Indian journal of veterinary science and animal husbandry - Volume 8,
Year: 1938
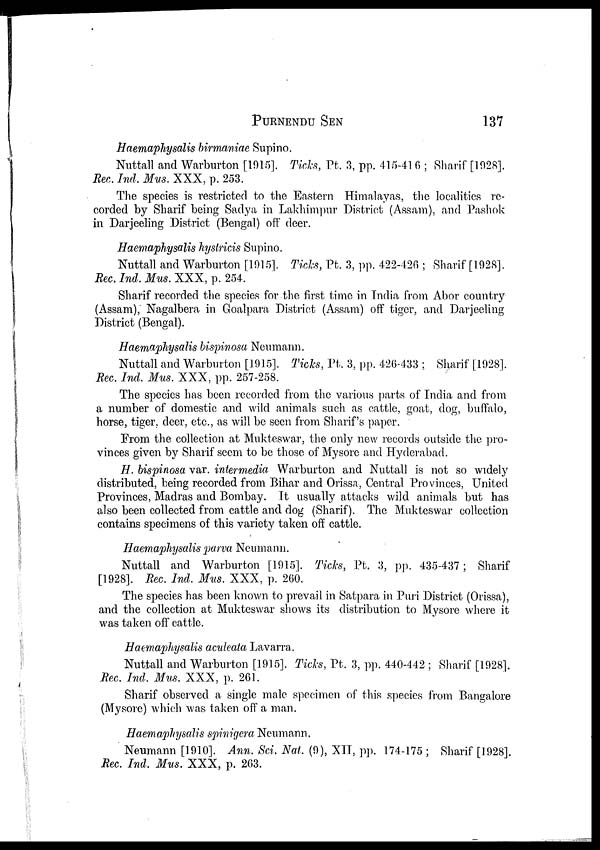
PURNENDU
SEN
137
Haemaphysalis birmaniae Supino.
Nuttall and Warburton [1915]. Ticks, Pt. 3, pp. 415-416 ; Sharif [1928].
Rec. Ind. Mus. XXX, p. 253.
The species is restricted to the Eastern Himalayas, the localities re-
corded by Sharif being Sadya in Lakhimpur District (Assam), and Pashok
in Darjeeling District (Bengal) off deer.
Haemaphysalis hystricis Supino.
Nuttall and Warburton [1915]. Ticks, Pt. 3, pp. 422-426 ; Sharif [1928].
Rec. Ind, Mus. XXX, p. 254.
Sharif recorded the species for the first time in India from Abor country
(Assam), Nagalbera in Goalpara District (Assam) off tiger, and Darjeeling
District (Bengal).
Haemaphysalis bispinosa Neumann.
Nuttall and Warburton [1915]. Ticks, Pt. 3, pp. 426-433 ; Sharif [1928].
Rec. Ind. Mus. XXX, pp. 257-258.
The species has been recorded from the various parts of India and from
a number of domestic and wild animals such as cattle, goat, dog, buffalo,
horse, tiger, deer, etc., as will be seen from Sharif's paper.
From the collection at Mukteswar, the only new records outside the pro-
vinces given by Sharif seem to be those of Mysore and Hyderabad.
H. bispinosa var. intermedia. Warburton and Nuttall is not so widely
distributed, being recorded from Bihar and Orissa, Central Provinces, United
Provinces, Madras and Bombay. It usually attacks wild animals but has
also been collected from cattle and dog (Sharif). The Mukteswar collection
contains specimens of this variety taken off cattle.
Haemaphysalis parva Neumann.
Nuttall and Warburton [1915]. Ticks, Pt. 3, pp. 435-437; Sharif
[1928]. Rec. Ind. Mus. XXX, p. 260.
The species has been known to prevail in Satpara in Puri District (Orissa),
and the collection at Mukteswar shows its distribution to Mysore where it
was taken off cattle.
Haemaphysalis aculeata Lavarra.
Nuttall and Warburton [1915]. Ticks, Pt. 3, pp. 440-442 ; Sharif [1928].
Rec. Ind. Mus. XXX, p. 261.
Sharif observed a single male specimen of this species from Bangalore
(Mysore) which was taken off a man.
Haemaphysalis spinigera Neumann.
Neumann [1910]. Ann. Sci. Nat. (9), XII, pp. 174-175 ; Sharif [1928].
Rec. Ind. Mus. XXX, p. 263.